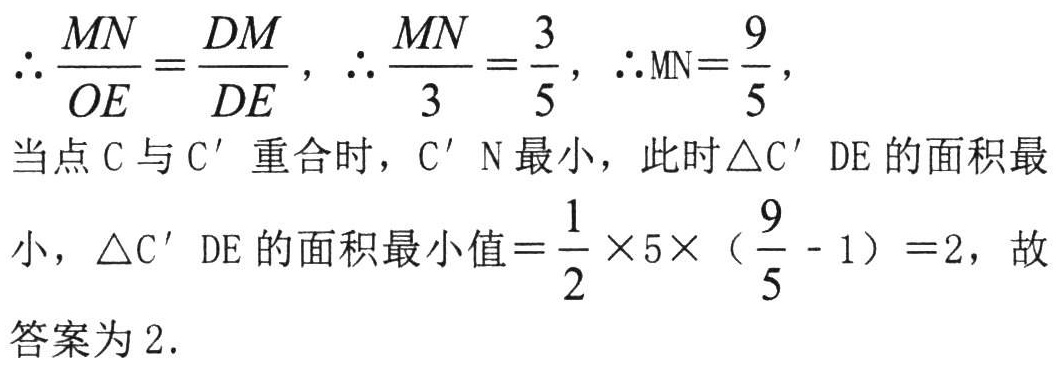
$\therefore \frac{MN}{OE}=\frac{DM}{DE},\ \therefore \frac{MN}{3}=\frac{3}{5},\ \therefore \mathrm{MN}=\frac{9}{5},$
当点 C 与 C’ 重合时，C’ N 最小，此时$\triangle$C’ DE 的面积最
小，$\triangle$C’ DE 的面积最小值$=\frac{1}{2} \times 5\times (\frac{9}{5} - 1)=2$，故
答案为 2.